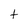
Character: t